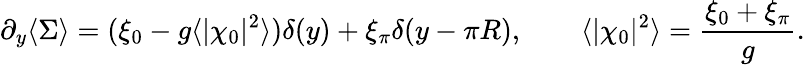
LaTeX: \partial_{y}\langle\Sigma\rangle=(\xi_{0}-g\langle|\chi_{0}|^{2}\rangle)\delta(y)+\xi_{\pi}\delta(y-\pi R),\qquad\langle|\chi_{0}|^{2}\rangle={\frac{\xi_{0}+\xi_{\pi}}{g}}.